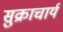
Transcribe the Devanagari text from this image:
सुक्राचार्य